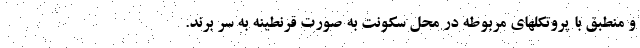
و منطبق با پروتکلهای مربوطه در محل سکونت به صورت قرنطینه به سر برند.